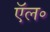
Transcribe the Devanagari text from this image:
ऍल॰